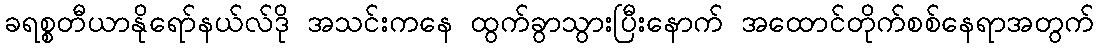
ခရစ္စတီယာနိုရော်နယ်လ်ဒို အသင်းကနေ ထွက်ခွာသွားပြီးနောက် အထောင်တိုက်စစ်နေရာအတွက်